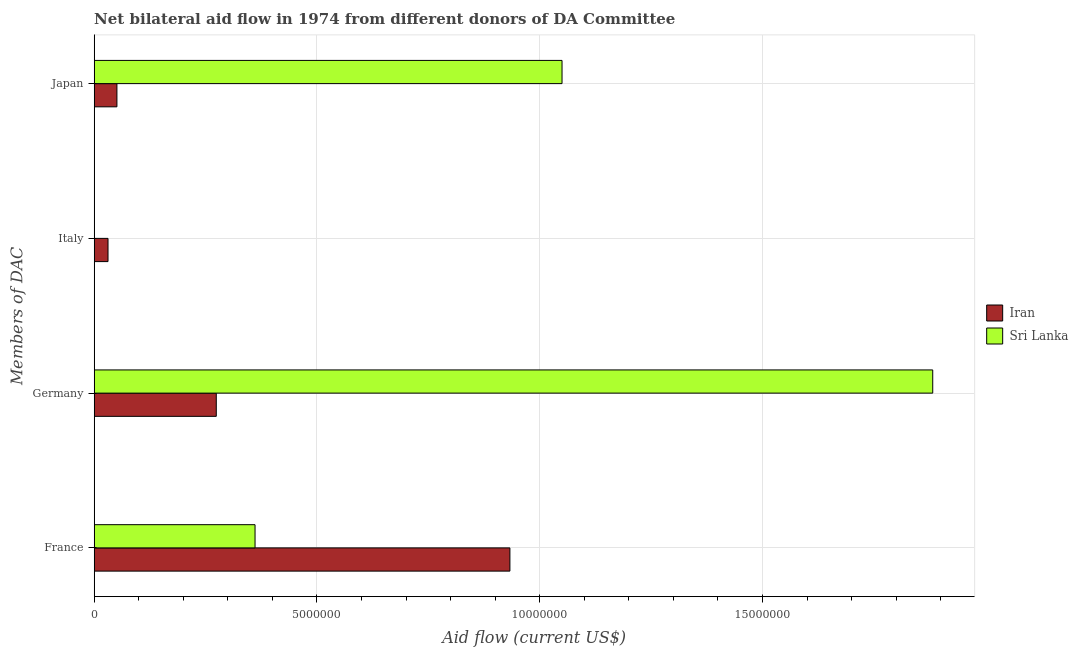
| Members of DAC | Iran | Sri Lanka |
 | --- | --- | --- |
 | France | 9.33e+06 | 3.61e+06 |
 | Germany | 2.74e+06 | 1.88e+07 |
 | Italy | 3.1e+05 | -2.7e+05 |
 | Japan | 5.1e+05 | 1.05e+07 |